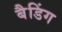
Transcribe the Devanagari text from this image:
बैडिंग